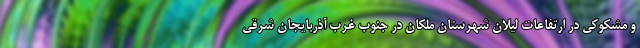
و مشکوکی در ارتفاعات لیلان شهرستان ملکان در جنوب غرب آذربایجان شرقی